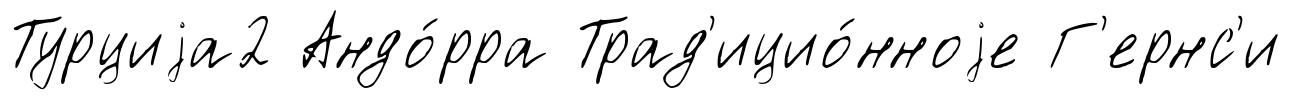
Турциjа2 Андо́рра Трад'ицио́нноjе Г'ернс'и